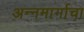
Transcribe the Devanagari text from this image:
अन्नमार्गाचा